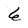
Character: 6